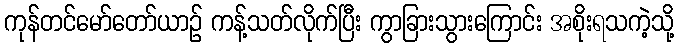
ကုန်တင်မော်တော်ယာဉ် ကန့်သတ်လိုက်ပြီး ကွာခြားသွားကြောင်း အစိုးရသကဲ့သို့